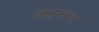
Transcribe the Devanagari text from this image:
लंदनगया